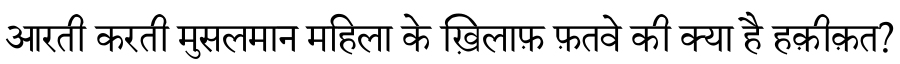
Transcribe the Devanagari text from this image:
आरती करती मुसलमान महिला के ख़िलाफ़ फ़तवे की क्या है हक़ीक़त?